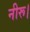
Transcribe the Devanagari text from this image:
नीरू।